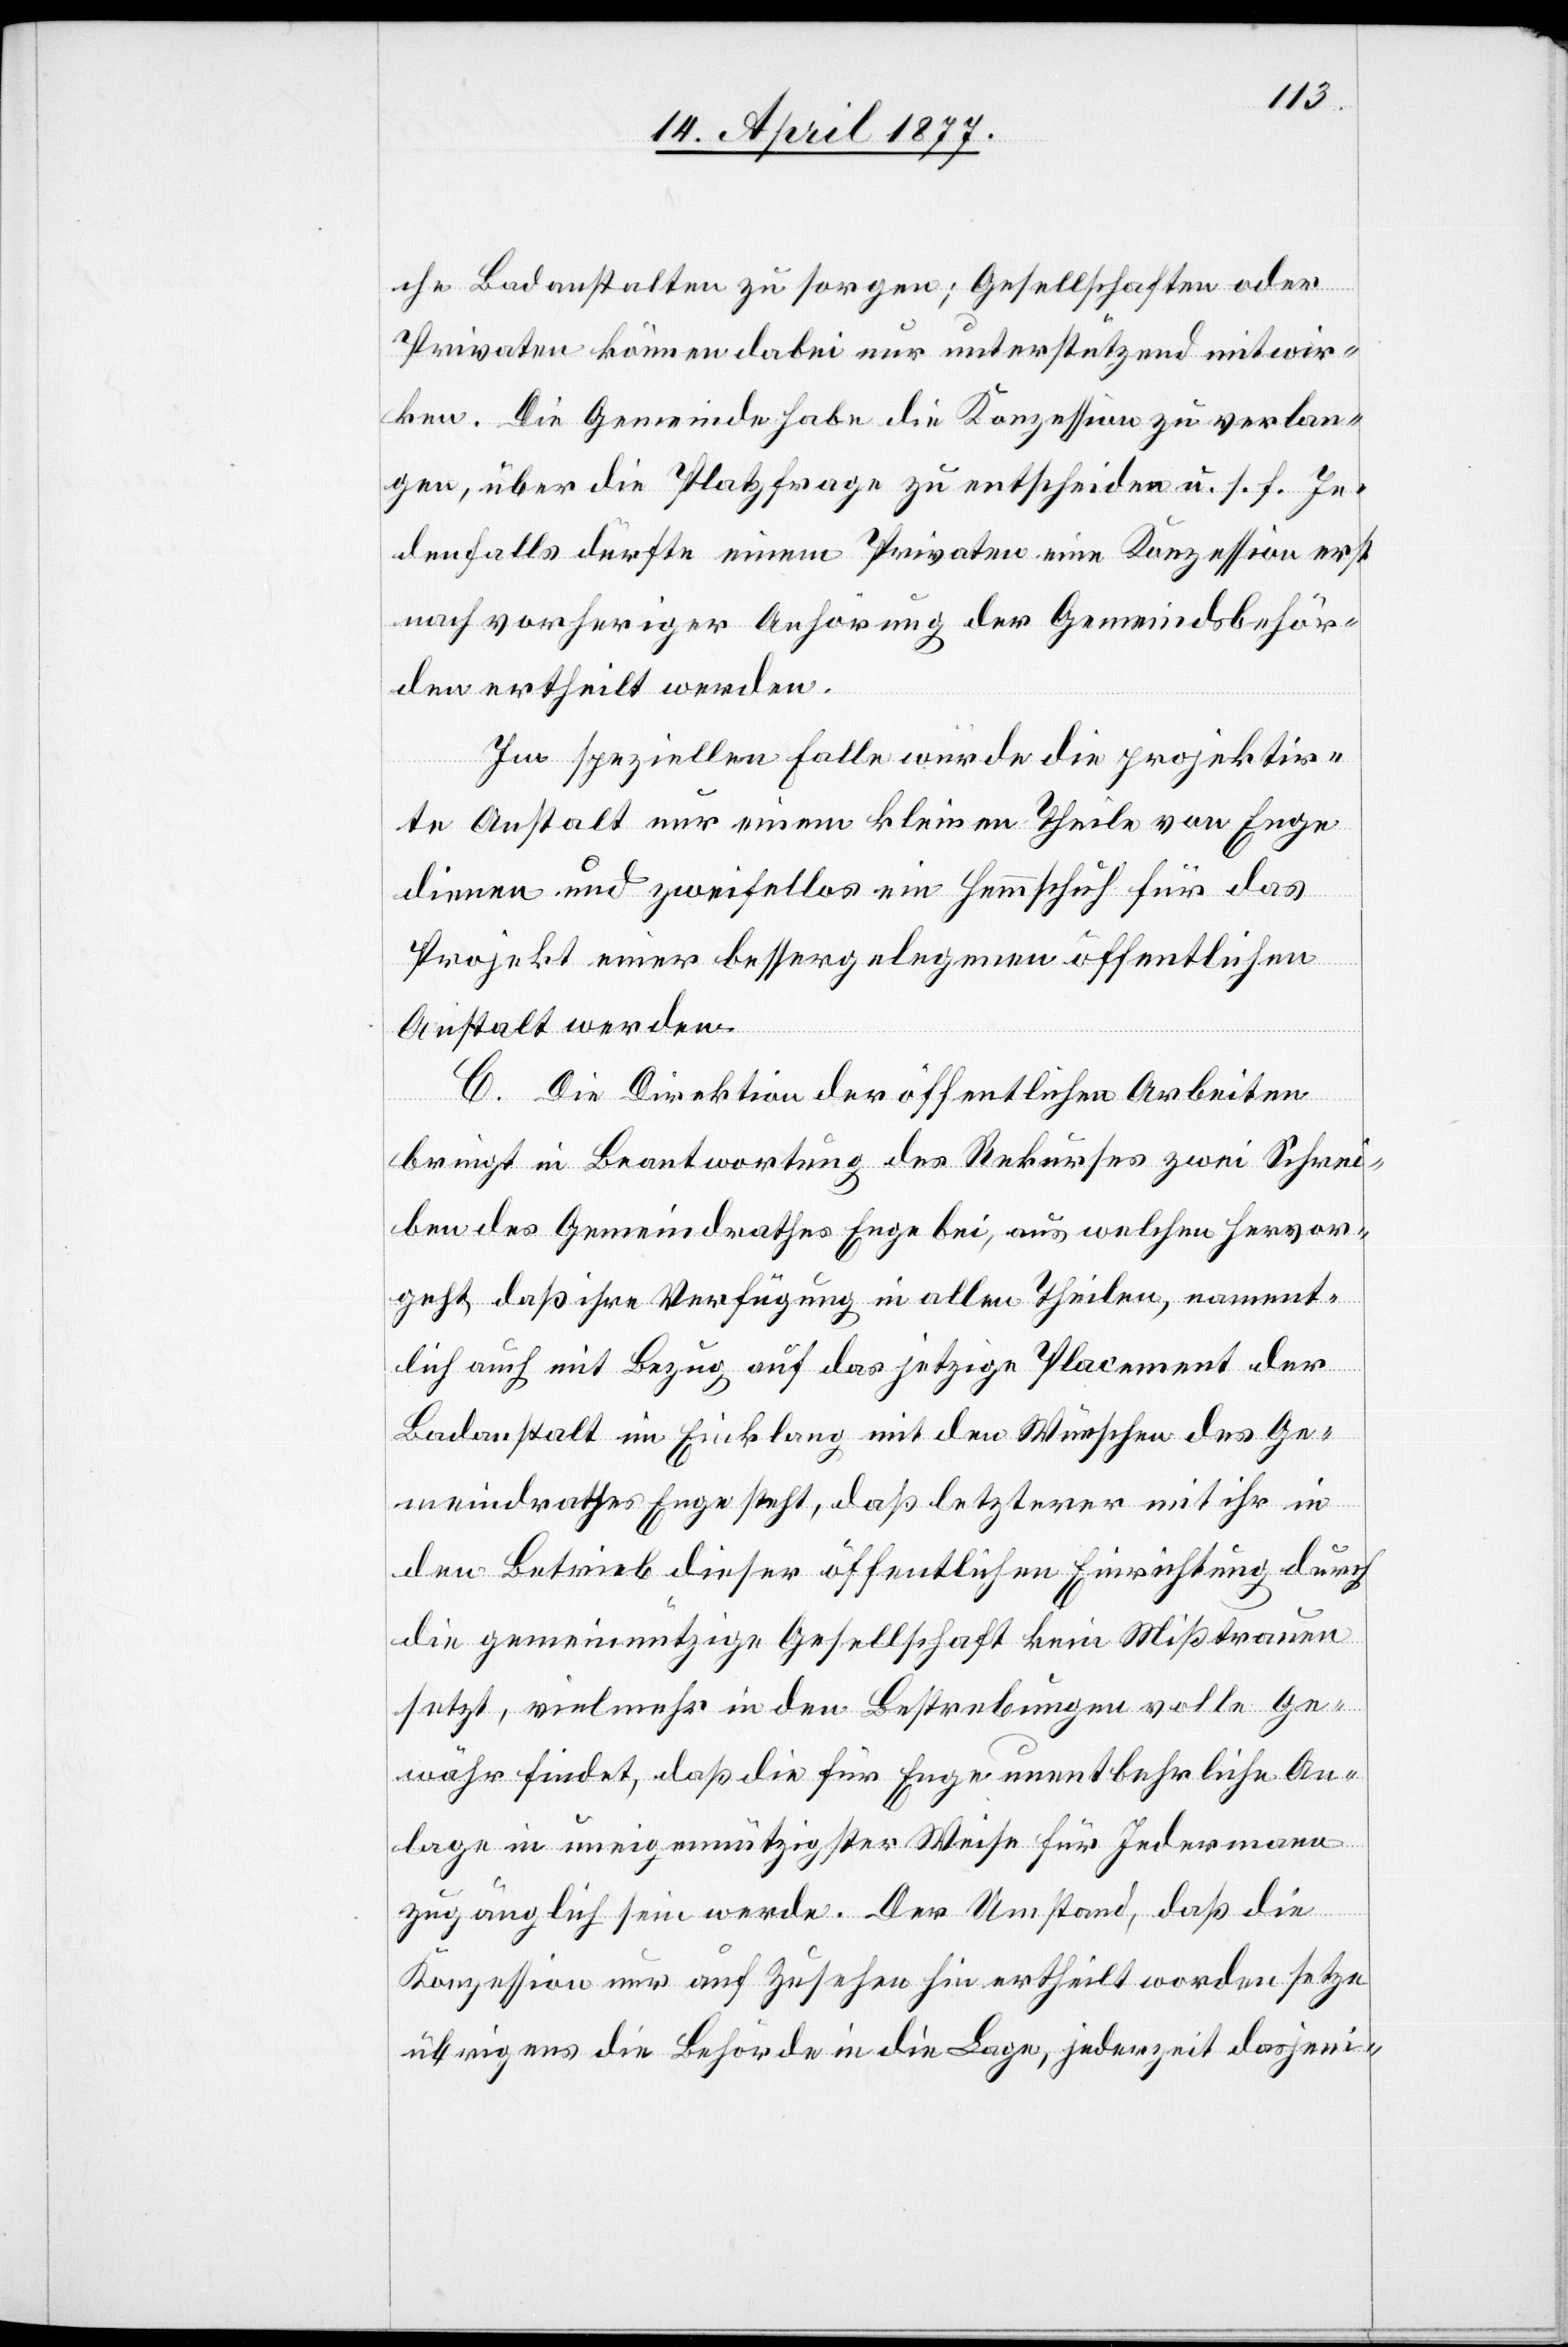
che Badanstalten zu sorgen; Gesellschaften oder
Privaten [sic!] können dabei nur unterstützend mitwir¬
ken. Die Gemeinde habe die Konzession zu verlan¬
gen, über die Platzfrage zu entscheiden u. s. f. Je¬
denfalls dürfte einem Privaten eine Konzession erst
nach vorheriger Anhörung der Gemeindsbehör¬
den ertheilt werden.
Im speziellen Falle würde die projektir¬
te Anstalt nur einem kleinen Theile von Enge
dienen und zweifellos ein Hemmschuh für das
Projekt einer bessergelegenen öffentlichen
Anstalt werden.
C. Die Direktion der öffentlichen Arbeiten
bringt in Beantwortung des Rekurses zwei Schrei¬
ben des Gemeindrathes Enge bei, aus welchen hervor¬
geht, daß ihre Verfügung in allen Theilen, nament¬
lich auch mit Bezug auf das jetzige Placement der
Badanstalt im Einklang mit den Wünschen des Ge¬
meindrathes Enge steht, daß letzterer mit ihr in
den Betrieb dieser öffentlichen Einrichtung durch
die gemeinnützige Gesellschaft kein Mißtrauen
setzt, vielmehr in den Bestrebungen volle Ge¬
währ findet, daß die für Enge unentbehrliche An¬
lage in uneigennützigster Weise für Jedermann
zugänglich sein werde. Der Umstand, daß die
Konzession nur auf Zusehen hin ertheilt worden setze
übrigens die Behörde in die Lage, jederzeit dasjeni-